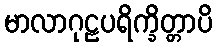
မာလာဂုဠပရိက္ခိတ္တာပိ